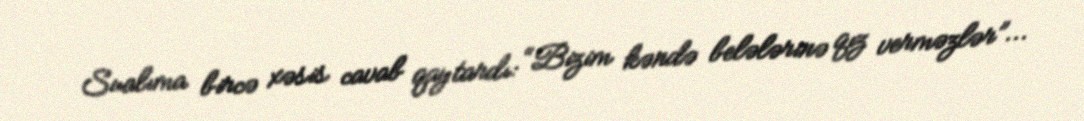
Sualıma bircə xəsis cavab qaytardı: “Bizim kəndə belələrinə qız verməzlər”...